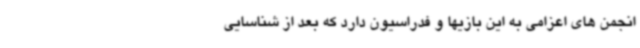
انجمن های اعزامی به این بازیها و فدراسیون دارد که بعد از شناسایی